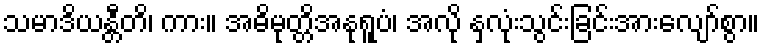
သမာဒိယန္တီတိ၊ ကား။ အဓိမုတ္တိအနုရူပံ၊ အလို နှလုံးသွင်းခြင်းအားလျော်စွာ။